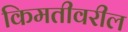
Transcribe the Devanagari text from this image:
किमतीवरील